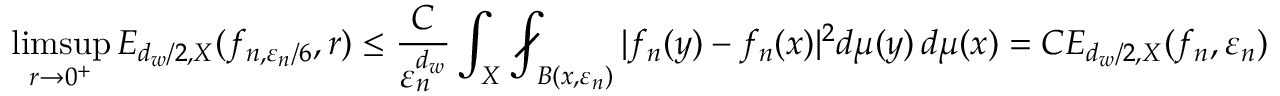
\operatorname* { l i m s u p } _ { r \to 0 ^ { + } } E _ { d _ { w } / 2 , X } ( f _ { n , \varepsilon _ { n } / 6 } , r ) \leq \frac { C } { \varepsilon _ { n } ^ { d _ { w } } } \int _ { X } \fint _ { B ( x , \varepsilon _ { n } ) } | f _ { n } ( y ) - f _ { n } ( x ) | ^ { 2 } d \mu ( y ) \, d \mu ( x ) = C E _ { d _ { w } / 2 , X } ( f _ { n } , \varepsilon _ { n } )